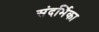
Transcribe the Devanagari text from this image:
संदर्भिका